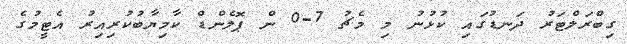
ގިބްރަލްޓަރު ދަނޑުގައި ކުޅުނު މި މެޗު 7-0 ން ޕޮލެންޑް ކާމިޔާބުކުރިއިރު އެޓީމުގެ